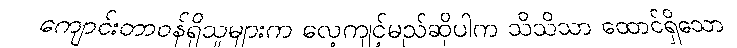
ကျောင်းတာဝန်ရှိသူများက လေ့ကျင့်မည်ဆိုပါက သိသိသာ ထောင်ရှိသော